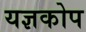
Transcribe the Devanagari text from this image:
यज्ञकोप